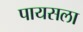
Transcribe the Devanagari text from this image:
पायसला